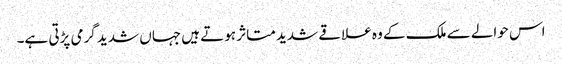
اس حوالے سے ملک کے وہ علاقے شدید متاثر ہوتے ہیں جہاں شدید گرمی پڑتی ہے۔